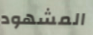
المشهود